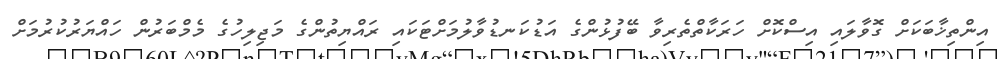
އިންތިޚާބަކަށް ގޮވާލައި އިސްކޮށް ހަރަކާތްތެރިވާ ބޭފުޅުންގެ އަޑުކަނޑުވާލުމަށްޓަކައި ރައްޔިތުންގެ މަޖިލިހުގެ މެމްބަރުން ހައްޔަރުކުރުމަށް